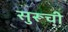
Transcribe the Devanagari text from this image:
सुरूची